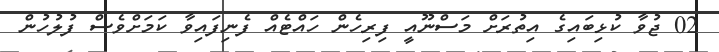
02 ޖުވާ ކުޅިބައިގެ އިތުރަށް މަސްނޫއީ ފިރިހެން ހައްޓެއް ފެނިފައިވާ ކަމަށްވެސް ފުލުހުން